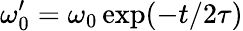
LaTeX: \omega_{0}^{\prime}=\omega_{0}\exp(-t/2\tau)